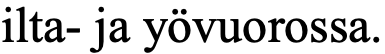
ilta- ja yövuorossa.